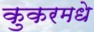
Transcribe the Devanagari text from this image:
कुकरमधे